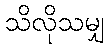
သိလိုသမျှ